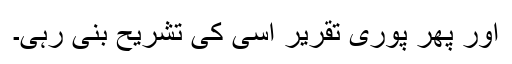
اور پھر پوری تقریر اسی کی تشریح بنی رہی۔